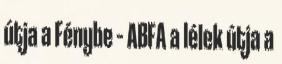
útja a Fénybe – ABFA a lélek útja a